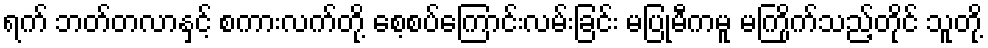
ရက် ဘတ်တလာနှင့် စကားလက်တို့ စေ့စပ်ကြောင်းလမ်းခြင်း မပြုမီကမူ မကြိုက်သည့်တိုင် သူတို့